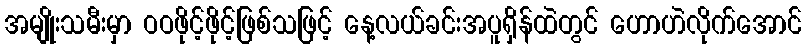
အမျိုးသမီးမှာ ဝဝဖိုင့်ဖိုင့်ဖြစ်သဖြင့် နေ့လယ်ခင်းအပူရှိန်ထဲတွင် ဟောဟဲလိုက်အောင်